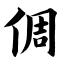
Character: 倜